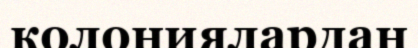
колониялардан